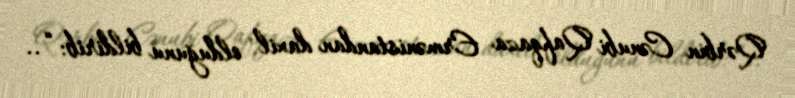
Qərbin Cənubi Qafqaza Ermənistandan daxil olduğunu bildirib: “..